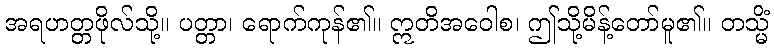
အရဟတ္တဖိုလ်သို့။ ပတ္တာ၊ ရောက်ကုန်၏။ ဣတိအဝေါစ၊ ဤသို့မိန့်တော်မူ၏။ တသ္မိံ